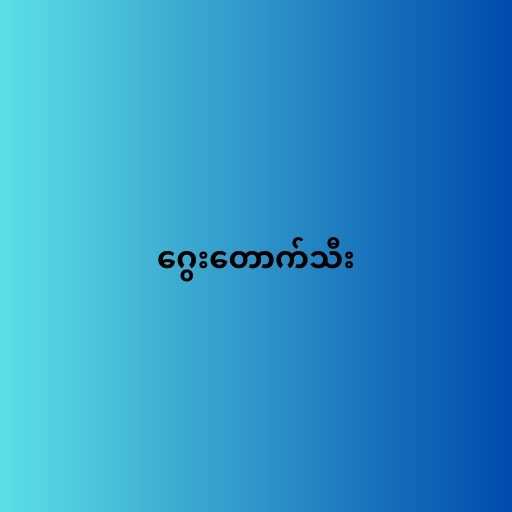
ဂွေးတောက်သီး